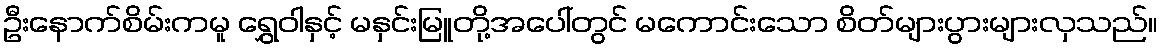
ဦးနောက်စိမ်းကမူ ရွှေဝါနှင့် မနှင်းမြူတို့အပေါ်တွင် မကောင်းသော စိတ်များပွားများလှသည်။